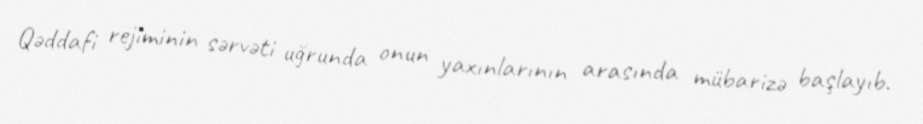
Qəddafi rejiminin sərvəti uğrunda onun yaxınlarının arasında mübarizə başlayıb.